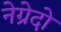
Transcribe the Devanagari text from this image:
नेग्रेदो